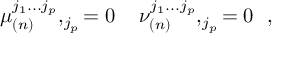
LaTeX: \mu _ { ( n ) } ^ { j _ { 1 } . . . j _ { p } } , _ { j _ { p } } = 0 \, \, \, \, \, \, \, \nu _ { ( n ) } ^ { j _ { 1 } . . . j _ { p } } , _ { j _ { p } } = 0 \, \, \, \, ,